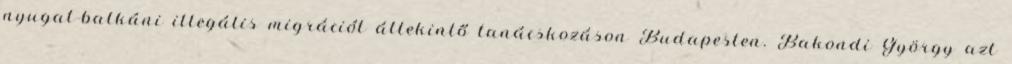
nyugat-balkáni illegális migrációt áttekintő tanácskozáson Budapesten. Bakondi György azt